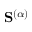
\mathbf { S } ^ { ( \alpha ) }